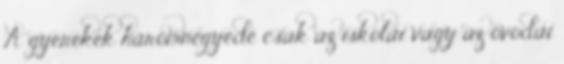
A gyerekek háromnegyede csak az iskolai vagy az óvodai